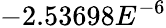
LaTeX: -2.53698E^{-6}